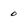
Character: 0